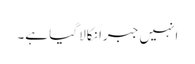
انہیں جبراََ نکالا گیا ہے۔